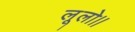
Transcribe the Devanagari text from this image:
लूलो।।